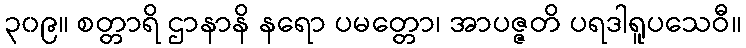
၃၀၉။ စတ္တာရိ ဌာနာနိ နရော ပမတ္တော၊ အာပဇ္ဇတိ ပရဒါရူပသေဝီ။